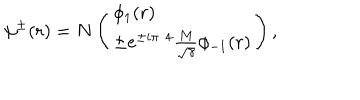
\psi ^ { \pm } ( r ) = N \left( \begin{array} { l } { { \phi _ { 1 } ( r ) } } \\ { { \pm e ^ { \pm i \pi / 4 } \frac { M } { \sqrt { \gamma } } \phi _ { - 1 } ( r ) } } \\ \end{array} \right) ,